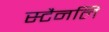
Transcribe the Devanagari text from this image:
स्टैनलि